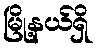
မြို့နယ်ရှိ